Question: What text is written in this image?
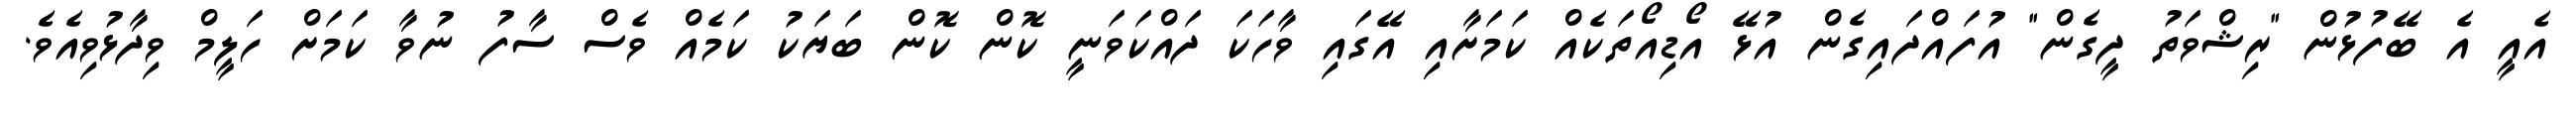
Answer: އެއީ އެ ބޭފުޅުން "ރިޝްވަތު ދީގެން" އުފައްދައިގެން އުޅޭ އޯޑިއޯތަކެއް ކަމަށާއި އޭގައި ވާހަކަ ދައްކަވަނީ ކޮން ކޮން ބަޔަކު ކަމެއް ވެސް ސާފު ނުވާ ކަމަށް ހަލީމް ވިދާޅުވިއެވެ.